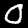
Digit: 0